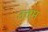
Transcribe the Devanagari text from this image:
उत्तम़